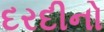
દરદીનો